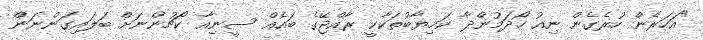
"އަހަރެން ހުރެގެން ނިއު ހޯދަމުންދާ ކަމިޔާބުތަކާކީ ރާއްޖޭގެ ބައެއް ސީނިއާ ކޯޗުންނަށް ބަލައިގަންނަން